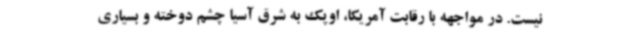
نیست. در مواجهه با رقابت آمریکا، اوپک به شرق آسیا چشم دوخته و بسیاری